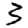
Digit: 3